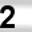
Digit: 2